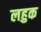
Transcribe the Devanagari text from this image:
लहुक